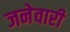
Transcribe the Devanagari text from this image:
जनेवारी